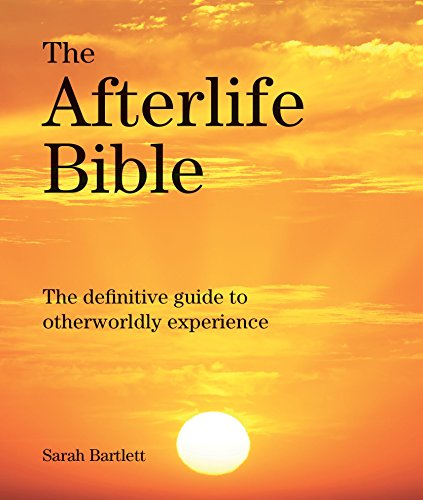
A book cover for The Afterlife Bible: The Definitive Guide to Otherwordly Experience; Sarah Bartlett; Religion & Spirituality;